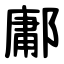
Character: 鄘